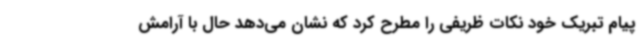
پیام تبریک خود نکات ظریفی را مطرح کرد که نشان می‌دهد حال با آرامش